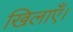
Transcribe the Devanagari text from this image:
खिलाएँ।